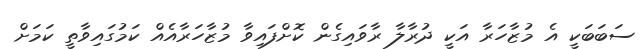
ސަބަބަކީ އެ މުޒާހަރާ އަކީ ދުރާލާ ރާވައިގެން ކޮށްފައިވާ މުޒާހަރާއެއް ކަމުގައިވާތީ ކަމަށް